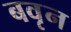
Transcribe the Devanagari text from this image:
बवृन